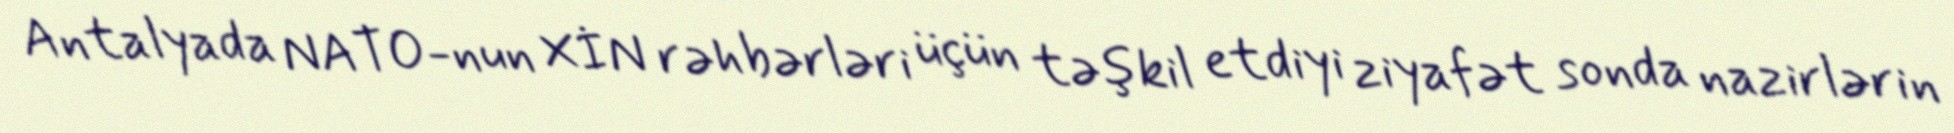
Antalyada NATO-nun XİN rəhbərləri üçün təşkil etdiyi ziyafət sonda nazirlərin